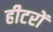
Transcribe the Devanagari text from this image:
हीटरों